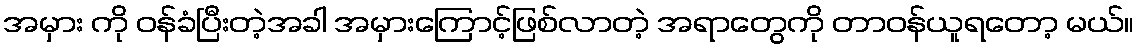
အမှား ကို ဝန်ခံပြီးတဲ့အခါ အမှားကြောင့်ဖြစ်လာတဲ့ အရာတွေကို တာဝန်ယူရတော့ မယ်။